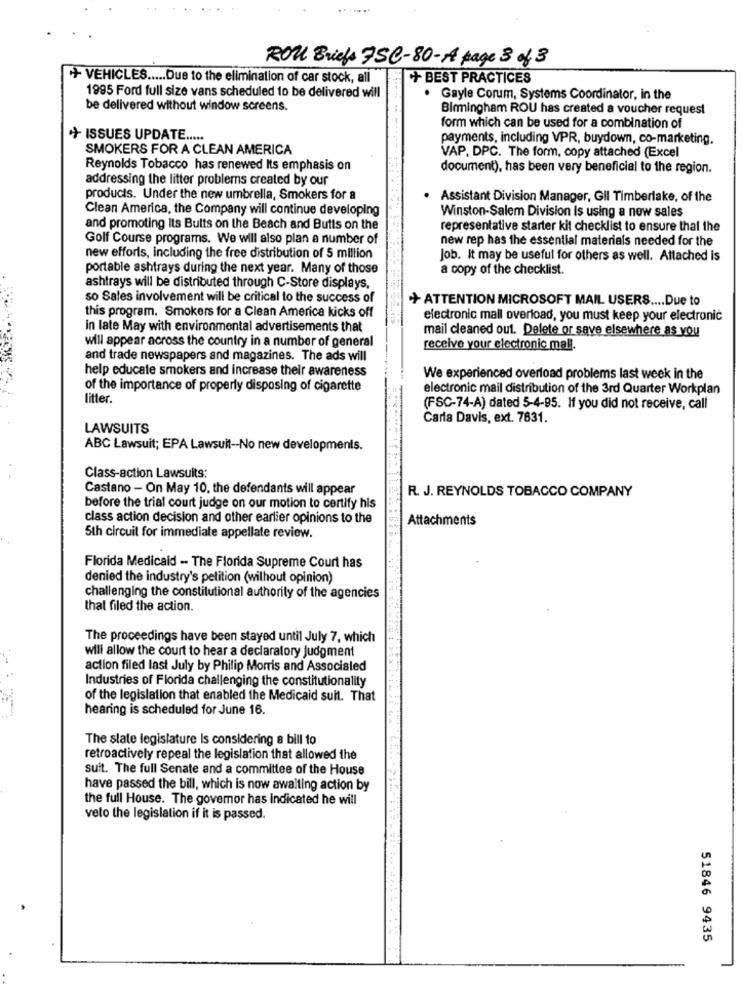
ROU Bricks FSC-80-RA page 3 of 3
+ VEHICLES ..... Due to the elimination of car stock, all
+ BEST PRACTICES
1995 Ford full size vans scheduled to be delivered will
Gayle Corum, Systems Coordinator, in the
be delivered without window screens.
Birmingham ROU has created a voucher request
form which can be used for a combination of
+ ISSUES UPDATE .....
payments, including VPR, buydown, co-marketing.
SMOKERS FOR A CLEAN AMERICA
VAP, DPC. The form, copy attached (Excel
Reynolds Tobacco has renewed Its emphasis on
document), has been very beneficial to the region.
addressing the litter problems created by our
products. Under the new umbrella, Smokers for a
. Assistant Division Manager, Gil Timberlake, of the
Clean America, the Company will continue developing
Winston-Salem Division Is using a new sales
and promoting its Butts on the Beach and Butis on the
representative starter kit checklist to ensure that the
Golf Course programs. We will also plan a number of
new rep has the essential materials needed for the
new efforts, including the free distribution of 5 million
Job. It may be useful for others as well. Attached is
portable ashtrays during the next year. Many of those
a copy of the checklist.
ashtrays will be distributed through C-Store displays.
so Sales involvement will be critical to the success of
+ ATTENTION MICROSOFT MAIL USERS .... Due to
this program. Smokers for a Clean America kicks off
electronic mall overload, you must keep your electronic
in late May with environmental advertisements that
mail cleaned out. Delete or save elsewhere as you
will appear across the country in a number of general
receive your electronic mail.
and trade newspapers and magazines. The ads will
help educate smokers and increase their awareness
We experienced overload problems last week in the
of the importance of properly disposing of cigarette
electronic mail distribution of the 3rd Quarter Workplan
litter.
(FSC-74-A) dated 5-4-95. If you did not receive, call
Carla Davis, ext. 7631.
LAWSUITS
ABC Lawsuit; EPA Lawsuit -- No new developments.
Class-action Lawsuits:
Castano - On May 10, the defendants will appear
R. J. REYNOLDS TOBACCO COMPANY
before the trial court judge on our motion to certify his
class action decision and other earlier opinions to the
Attachments
5th circuit for immediate appellate review.
Florida Medicaid - The Florida Supreme Court has
denied the industry's petition (wilhout opinion)
challenging the constitutional authority of the agencies
that filed the action.
The proceedings have been stayed until July 7, which
will allow the court to hear a declaratory judgment
action filed last July by Philip Morris and Associated
Industries of Florida challenging the constitutionality
of the legislation that enabled the Medicaid suit. That
hearing is scheduled for June 16.
The state legislature Is considering a bill 10
retroactively repeal the legislation that allowed the
suit. The full Senate and a committee of the House
have passed the bill, which is now awaiting action by
the full House. The governor has indicated he will
veto the legislation if it is passed.
51846 9435